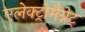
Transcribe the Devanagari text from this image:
एलेक्ट्रोमैग्नेट्